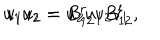
LaTeX: u _ { 1 } u _ { 2 } = u _ { 2 } u _ { 1 } B _ { 1 2 } ^ { l } , \hspace { 0 . 8 c m } v _ { 1 } v _ { 2 } = B _ { 1 2 } ^ { r } v _ { 2 } v _ { 1 }